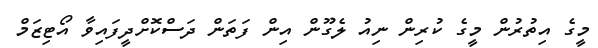
މީގެ އިތުރުން މީގެ ކުރިން ނިއު ލެގޫން އިން ފަތަން ދަސްކޮށްދީފައިވާ އޯޓިޒަމް